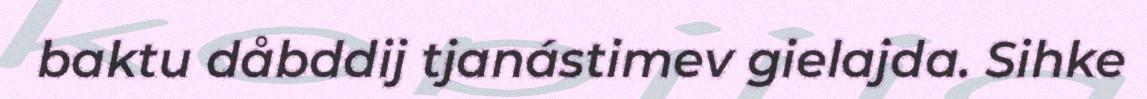
baktu dåbddij tjanástimev gielajda. Sihke